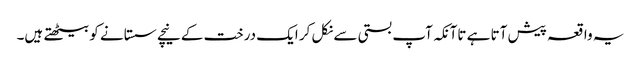
یہ واقعہ پیش آتا ہے تاآنکہ آپ بستی سے نکل کر ایک درخت کے نیچے سستانے کو بیٹھتے ہیں۔